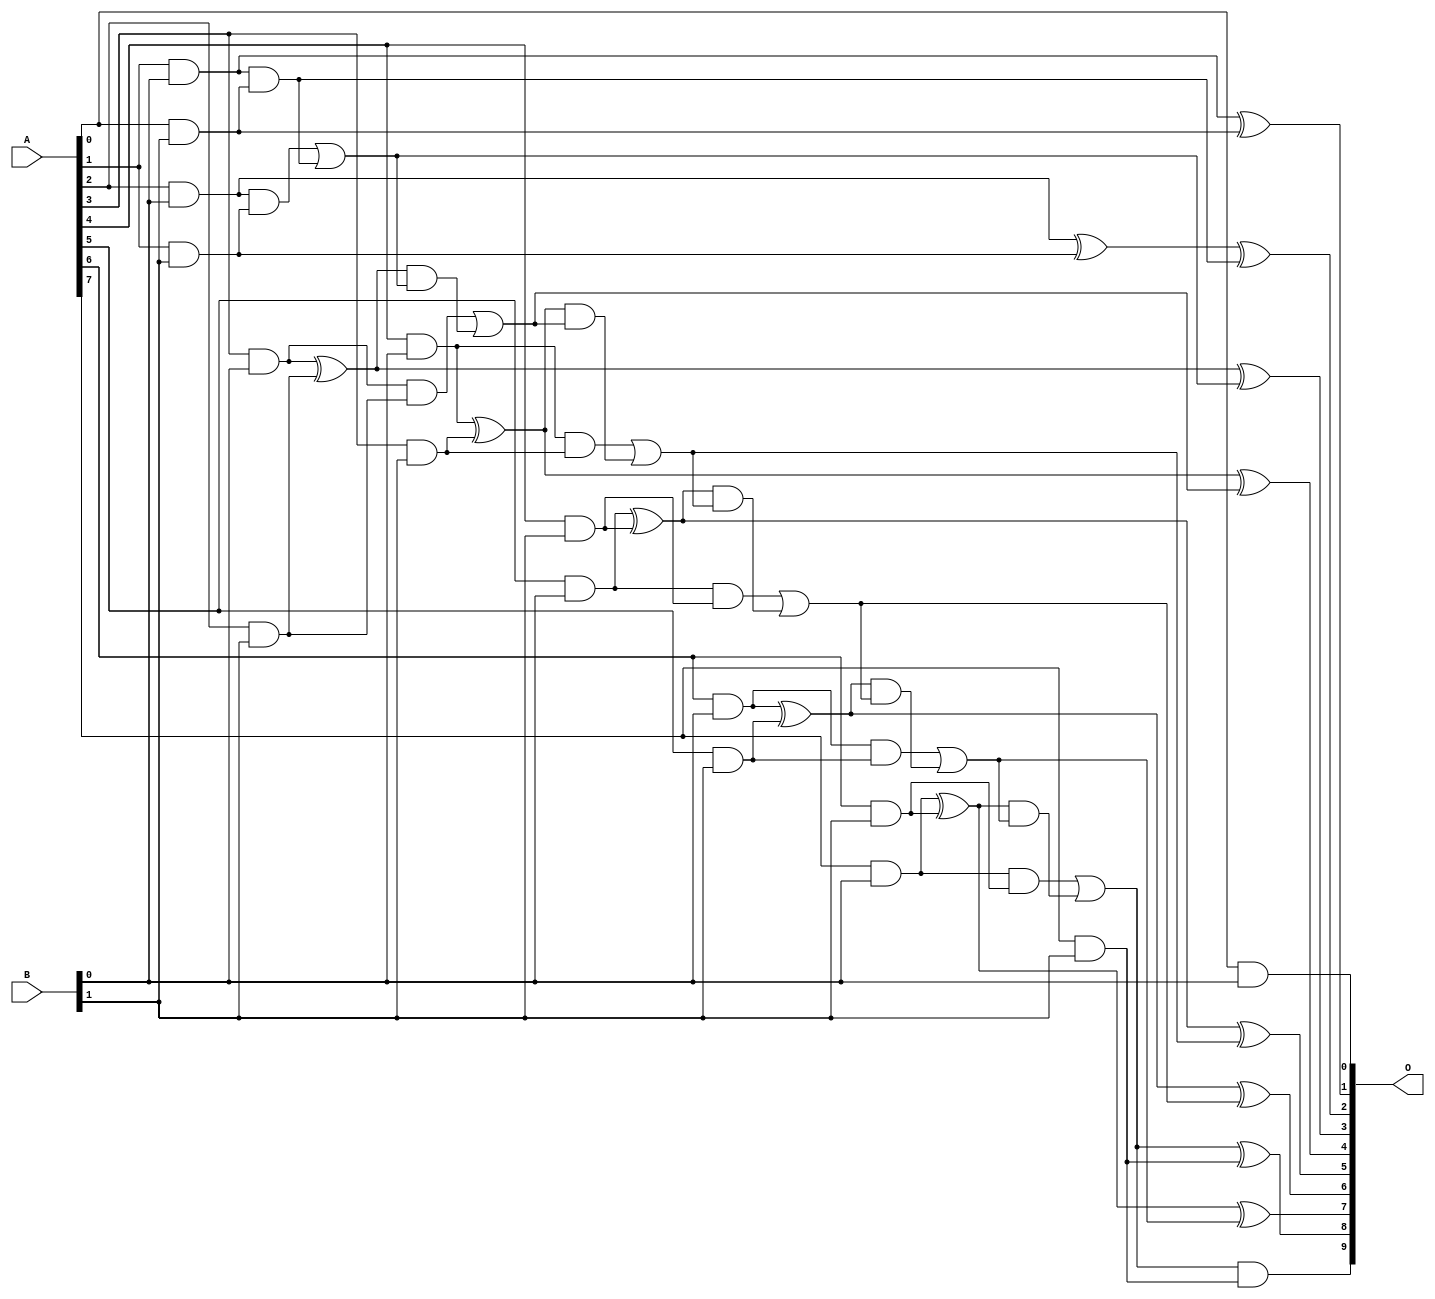
// This program was cloned from: https://github.com/ehw-fit/evoapproxlib
// License: MIT License

/***
* This code is a part of EvoApproxLib library (ehw.fit.vutbr.cz/approxlib) distributed under The MIT License.
* When used, please cite the following article(s): V. Mrazek, L. Sekanina, Z. Vasicek "Libraries of Approximate Circuits: Automated Design and Application in CNN Accelerators" IEEE Journal on Emerging and Selected Topics in Circuits and Systems, Vol 10, No 4, 2020 
* This file contains a circuit from a sub-set of pareto optimal circuits with respect to the pwr and wce parameters
***/
// MAE% = 0.00 %
// MAE = 0 
// WCE% = 0.00 %
// WCE = 0 
// WCRE% = 0.00 %
// EP% = 0.00 %
// MRE% = 0.00 %
// MSE = 0 
// PDK45_PWR = 0.033 mW
// PDK45_AREA = 109.8 um2
// PDK45_DELAY = 0.66 ns

module mul8x2u_106 (
    A,
    B,
    O
);

input [7:0] A;
input [1:0] B;
output [9:0] O;

wire sig_10,sig_11,sig_12,sig_13,sig_14,sig_15,sig_16,sig_17,sig_18,sig_19,sig_20,sig_21,sig_22,sig_23,sig_24,sig_25,sig_26,sig_27,sig_28,sig_29;
wire sig_31,sig_32,sig_33,sig_34,sig_35,sig_36,sig_37,sig_38,sig_39,sig_40,sig_41,sig_42,sig_43,sig_44,sig_45,sig_46,sig_47,sig_48,sig_49,sig_50;
wire sig_51,sig_52,sig_53,sig_54,sig_55,sig_56,sig_57,sig_58,sig_59;

assign sig_10 = A[0] & B[0];
assign sig_11 = A[1] & B[0];
assign sig_12 = A[2] & B[0];
assign sig_13 = A[3] & B[0];
assign sig_14 = A[4] & B[0];
assign sig_15 = A[5] & B[0];
assign sig_16 = A[6] & B[0];
assign sig_17 = A[7] & B[0];
assign sig_18 = A[0] & B[1];
assign sig_19 = A[1] & B[1];
assign sig_20 = A[2] & B[1];
assign sig_21 = A[3] & B[1];
assign sig_22 = A[4] & B[1];
assign sig_23 = A[5] & B[1];
assign sig_24 = A[6] & B[1];
assign sig_25 = A[7] & B[1];
assign sig_26 = sig_11 & sig_18;
assign sig_27 = sig_11 ^ sig_18;
assign sig_28 = sig_12 ^ sig_19;
assign sig_29 = sig_12 & sig_19;
assign sig_31 = sig_28 ^ sig_26;
assign sig_32 = sig_29 | sig_26;
assign sig_33 = sig_13 ^ sig_20;
assign sig_34 = sig_13 & sig_20;
assign sig_35 = sig_33 & sig_32;
assign sig_36 = sig_33 ^ sig_32;
assign sig_37 = sig_34 | sig_35;
assign sig_38 = sig_14 ^ sig_21;
assign sig_39 = sig_14 & sig_21;
assign sig_40 = sig_38 & sig_37;
assign sig_41 = sig_38 ^ sig_37;
assign sig_42 = sig_39 | sig_40;
assign sig_43 = sig_15 ^ sig_22;
assign sig_44 = sig_15 & sig_22;
assign sig_45 = sig_43 & sig_42;
assign sig_46 = sig_43 ^ sig_42;
assign sig_47 = sig_44 | sig_45;
assign sig_48 = sig_16 ^ sig_23;
assign sig_49 = sig_16 & sig_23;
assign sig_50 = sig_48 & sig_47;
assign sig_51 = sig_48 ^ sig_47;
assign sig_52 = sig_49 | sig_50;
assign sig_53 = sig_17 ^ sig_24;
assign sig_54 = sig_17 & sig_24;
assign sig_55 = sig_53 & sig_52;
assign sig_56 = sig_53 ^ sig_52;
assign sig_57 = sig_54 | sig_55;
assign sig_58 = sig_57 & sig_25;
assign sig_59 = sig_57 ^ sig_25;

assign O[9] = sig_58;
assign O[8] = sig_59;
assign O[7] = sig_56;
assign O[6] = sig_51;
assign O[5] = sig_46;
assign O[4] = sig_41;
assign O[3] = sig_36;
assign O[2] = sig_31;
assign O[1] = sig_27;
assign O[0] = sig_10;

endmodule